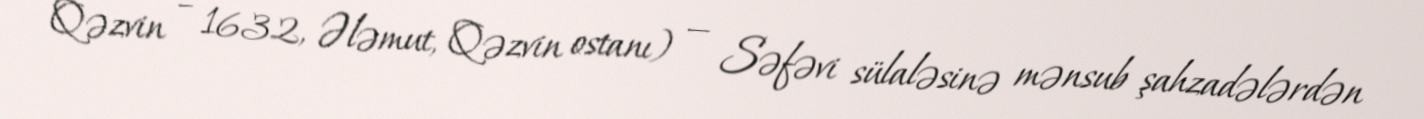
Qəzvin – 1632, Ələmut, Qəzvin ostanı) — Səfəvi sülaləsinə mənsub şahzadələrdən